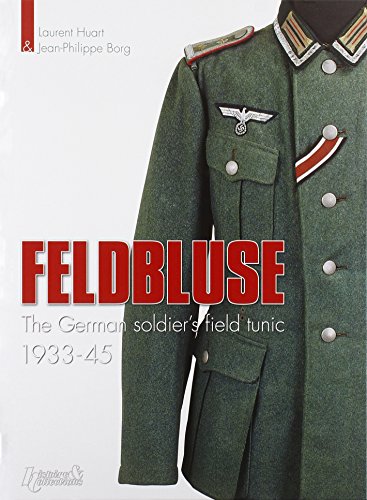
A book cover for Feldbluse: The German Army Field Tunic 1933-45; Jean-Phillippe Borg; Crafts, Hobbies & Home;